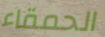
الحمقاء